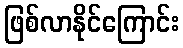
ဖြစ်လာနိုင်ကြောင်း